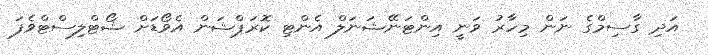
އަދި ގާަސިމްގެ ނަން މިހާރު ވަނީ އިންޓަނޭޝަނަލް އެންޓި ކޮރަޕްޝަން އެވޯޑަށް ޝޯޓްލިސްޓްވެފަ